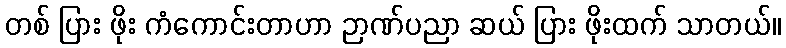
တစ် ပြား ဖိုး ကံကောင်းတာဟာ ဉာဏ်ပညာ ဆယ် ပြား ဖိုးထက် သာတယ်။